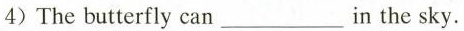
4)The butterfly can___in the sky.